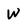
Character: w